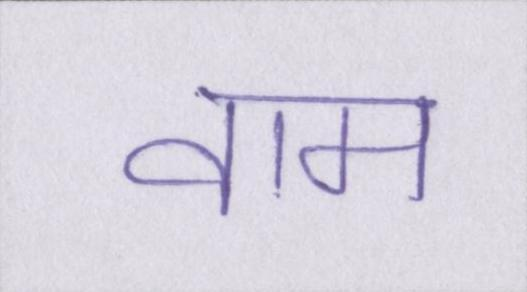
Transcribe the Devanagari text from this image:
वाम